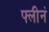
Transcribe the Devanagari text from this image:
फ्लीनं